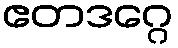
ဧတဒဂ္ဂေ